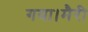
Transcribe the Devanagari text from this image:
गया।मैरी